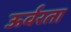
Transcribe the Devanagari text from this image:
ऊर्वरता